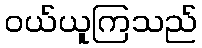
ဝယ်ယူကြသည်